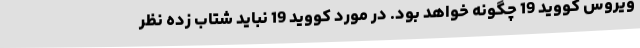
ویروس کووید 19 چگونه خواهد بود. در مورد کووید 19 نباید شتاب زده نظر